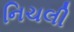
નિચલી